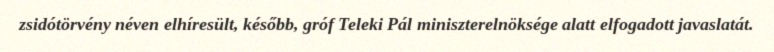
zsidótörvény néven elhíresült, később, gróf Teleki Pál miniszterelnöksége alatt elfogadott javaslatát.